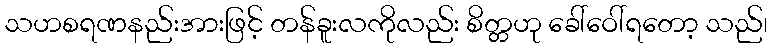
သဟစရဏနည်းအားဖြင့် တန်ခူးလကိုလည်း စိတ္တဟု ခေါ်ဝေါ်ရတော့ သည်၊